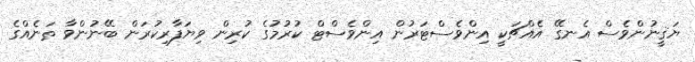
ޔަޤީނުންވެސް އެނގޭ އެއްޗަކީ އިންވެސްޓަރުން އިންވެސްޓް ކުރުމުގެ ކުރިން ވިޔަފާރިކުރަން ބޭނުންވާ ތަނެއްގެ